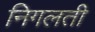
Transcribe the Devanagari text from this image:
निगलती